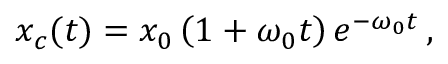
x _ { c } ( t ) = x _ { 0 } \left( 1 + \omega _ { 0 } t \right) e ^ { - \omega _ { 0 } t } \, ,